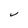
Character: V